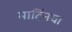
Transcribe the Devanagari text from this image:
मार्टिनचा